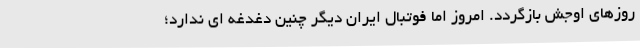
روزهای اوجش بازگردد. امروز اما فوتبال ایران دیگر چنین دغدغه ای ندارد؛